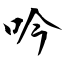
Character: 吟